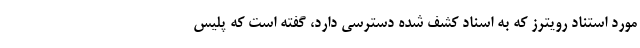
مورد استناد رویترز که به اسناد کشف شده دسترسی دارد، گفته است که پلیس